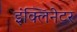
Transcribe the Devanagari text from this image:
इंक्लिनेटर